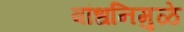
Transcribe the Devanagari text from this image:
बांधनिमुळे